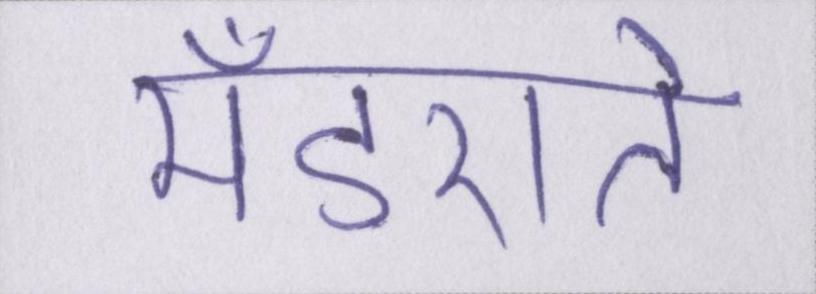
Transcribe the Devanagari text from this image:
मँडराते